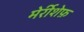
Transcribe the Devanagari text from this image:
मेर्रीशेफ़